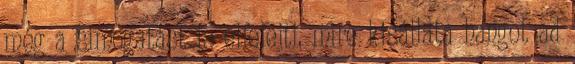
még a simogatást is elfelejti, mire kisállata hangot ad